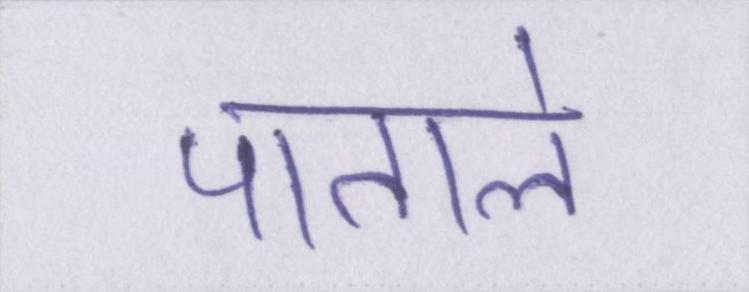
पाताले